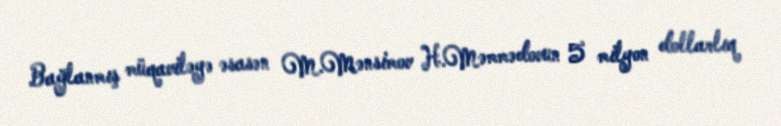
Bağlanmış müqaviləyə əsasən M.Mənsimov H.Məmmədovun 5 milyon dollarlıq